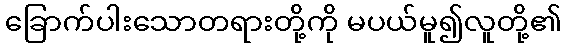
ခြောက်ပါးသောတရားတို့ကို မပယ်မူ၍လူတို့၏